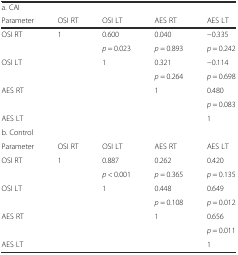
| <COLSPAN=5> a. CAI |
 | Parameter | OSI RT | OSI LT | AES RT | AES LT |
 | --- | --- | --- | --- | --- |
 | <ROWSPAN=2> OSI RT | <ROWSPAN=2> 1 | 0.600 | 0.040 | −0.335 |
 | p = 0.023 | p = 0.893 | p = 0.242 |
 | <ROWSPAN=2> OSI LT | <ROWSPAN=2>  | <ROWSPAN=2> 1 | 0.321 | −0.114 |
 | p = 0.264 | p = 0.698 |
 | <ROWSPAN=2> AES RT | <ROWSPAN=2>  | <ROWSPAN=2>  | <ROWSPAN=2> 1 | 0.480 |
 | p = 0.083 |
 | AES LT |  |  |  | 1 |
 | <COLSPAN=5> b. Control |
 | Parameter | OSI RT | OSI LT | AES RT | AES LT |
 | <ROWSPAN=2> OSI RT | <ROWSPAN=2> 1 | 0.887 | 0.262 | 0.420 |
 | p < 0.001 | p = 0.365 | p = 0.135 |
 | <ROWSPAN=2> OSI LT | <ROWSPAN=2>  | <ROWSPAN=2> 1 | 0.448 | 0.649 |
 | p = 0.108 | p = 0.012 |
 | <ROWSPAN=2> AES RT | <ROWSPAN=2>  | <ROWSPAN=2>  | <ROWSPAN=2> 1 | 0.656 |
 | p = 0.011 |
 | AES LT |  |  |  | 1 |